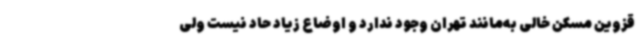
قزوین مسکن خالی به‌مانند تهران وجود ندارد و اوضاع زیاد حاد نیست ولی